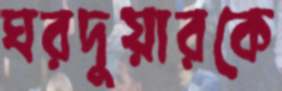
ঘরদুয়ারকে